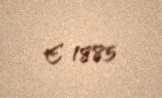
€ 1885